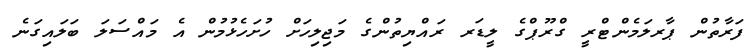
ފަރާތުން ޕާރލަމެންޓްރީ ގްރޫޕްގެ ލީޑަރ ރައްޔިތުންގެ މަޖިލިހަށް ހުށަހެޅުމުން އެ މައްސަލަ ބަލައިގަނެ